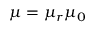
\mu = \mu _ { r } \mu _ { 0 }